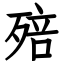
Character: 殕